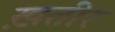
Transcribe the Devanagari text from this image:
ख़तीर